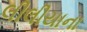
લીલીયાના